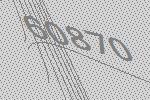
60870